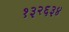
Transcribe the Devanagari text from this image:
१३२६३४